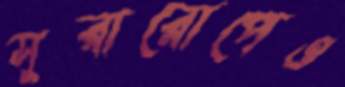
সুরারোপেও